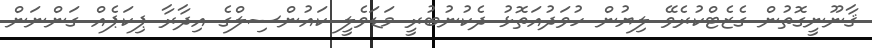
ޤާނޫނީގޮތުން ގެޒެޓްކުރެވޭ ލިޔުން ހުވަދުއަތޮޅު ދެކުނުބުރީ މަޑަވެލީ ކައުންސިލްގެ އިދާރާ ޕިކަޕެއް ގަންނަން